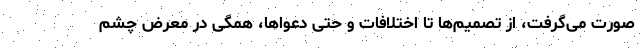
صورت می‌گرفت، از تصمیم‌ها تا اختلافات و حتی دعواها، همگی در معرض چشم